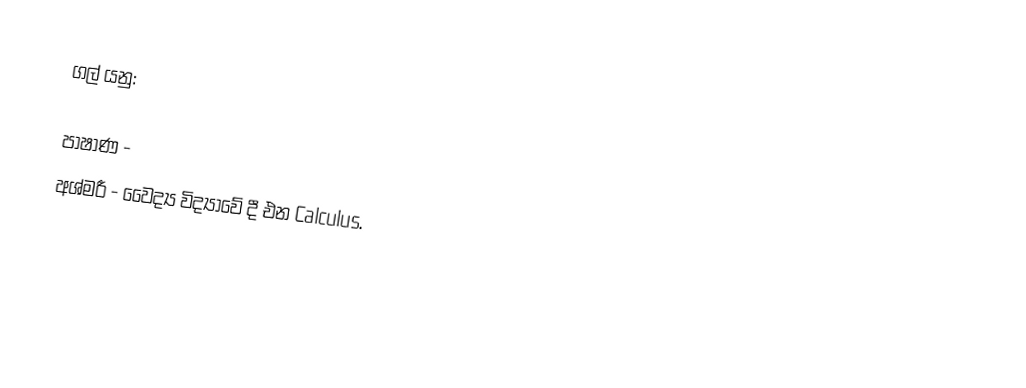
ගල් යනු:

 පාෂාණ -
 අශ්මරී - වෛද්‍ය විද්‍යාවේ දී එන Calculus.